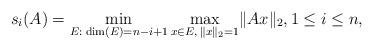
LaTeX: \begin{align*}s_i(A)=\min\limits_{E:\;\dim(E)=n-i+1}\max\limits_{x\in E,\,\lVert x\rVert_2=1}\lVert Ax\rVert_2,1\leq i\leq n,\end{align*}